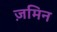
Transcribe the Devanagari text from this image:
ज़मिन